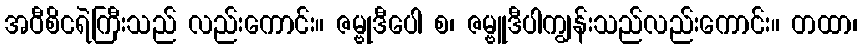
အဝီစိငရဲကြီးသည် လည်းကောင်း။ ဇမ္ဗုဒီပေါ စ၊ ဇမ္ဗူဒီပါကျွန်းသည်လည်းကောင်း။ တထာ၊